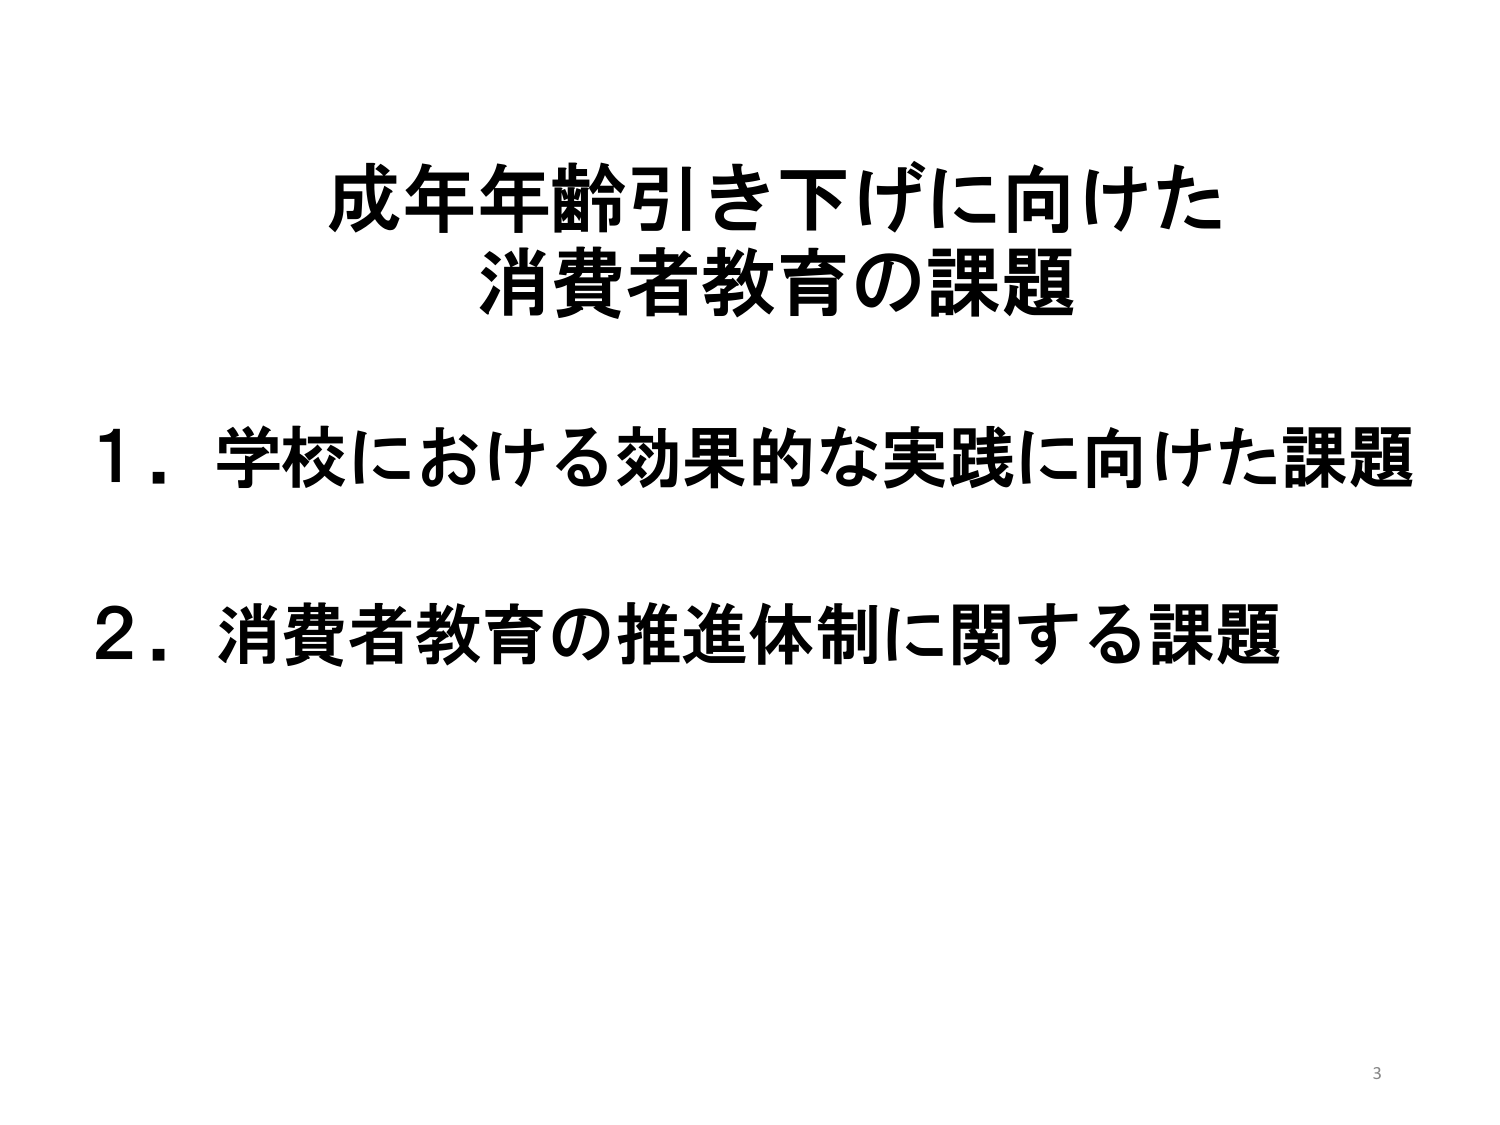
成年年齢引き下げに向けた
消費者教育の課題

1．学校における効果的な実践に向けた課題
2．消費者教育の推進体制に関する課題

3